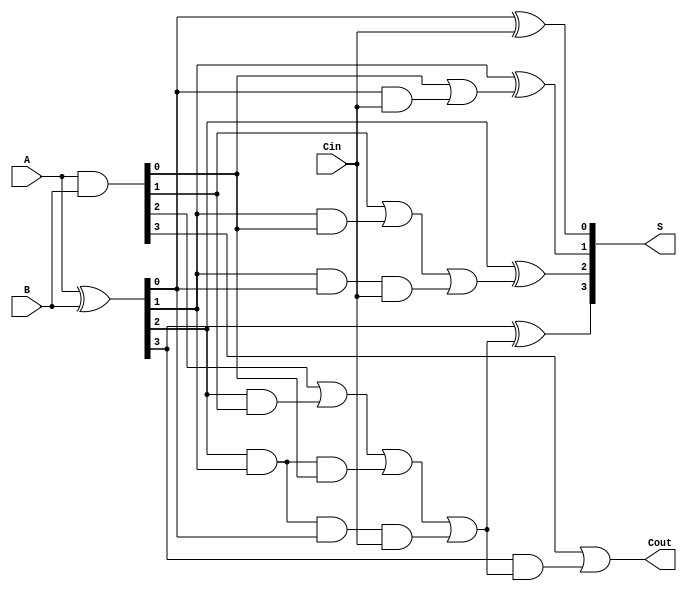
module Sklansky_Adder (
    input [3:0] A,      // First operand
    input [3:0] B,      // Second operand
    input Cin,          // Carry-in
    output [3:0] S,     // Sum output
    output Cout         // Carry-out
);

    wire [3:0] G;       // Generate signals
    wire [3:0] P;       // Propagate signals
    wire [3:0] C;       // Carry signals

    // Generate and Propagate calculations
    assign G = A & B;              // Generate
    assign P = A ^ B;              // Propagate

    // Carry calculations
    assign C[0] = Cin;             // C[0] is the carry-in
    assign C[1] = G[0] | (P[0] & C[0]); // C[1]
    assign C[2] = G[1] | (P[1] & G[0]) | (P[1] & P[0] & C[0]); // C[2]
    assign C[3] = G[2] | (P[2] & G[1]) | (P[2] & P[1] & G[0]) | (P[2] & P[1] & P[0] & C[0]); // C[3]

    // Sum calculations
    assign S[0] = P[0] ^ C[0]; // S[0]
    assign S[1] = P[1] ^ C[1]; // S[1]
    assign S[2] = P[2] ^ C[2]; // S[2]
    assign S[3] = P[3] ^ C[3]; // S[3]

    // Carry-out
    assign Cout = G[3] | (P[3] & C[3]); // Final carry-out

endmodule